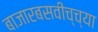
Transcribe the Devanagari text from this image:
बाजारबसवीच्च्या